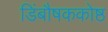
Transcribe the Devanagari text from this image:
डिंबौषककोष्ठ